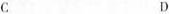
C D